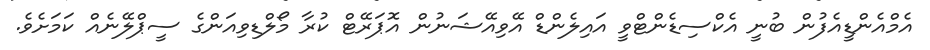
އެމްއެންޑީއެފުން ބުނީ އެކްސިޑެންޓްވީ އައިލެންޑް އޭވިއޭޝަނުން އޮޕަރޭޓް ކުރާ މޯލްޑިވިއަންގެ ސީޕްލޭނެއް ކަމަށެވެ.